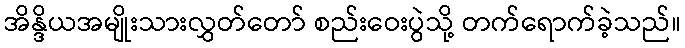
အိန္ဒိယအမျိုးသားလွှတ်တော် စည်းဝေးပွဲသို့ တက်ရောက်ခဲ့သည်။